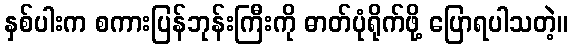
နှစ်ပါးက စကားပြန်ဘုန်းကြီးကို ဓာတ်ပုံရိုက်ဖို့ ပြောရပါသတဲ့။